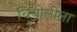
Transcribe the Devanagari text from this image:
चिंचोलीला